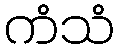
ကံသံ